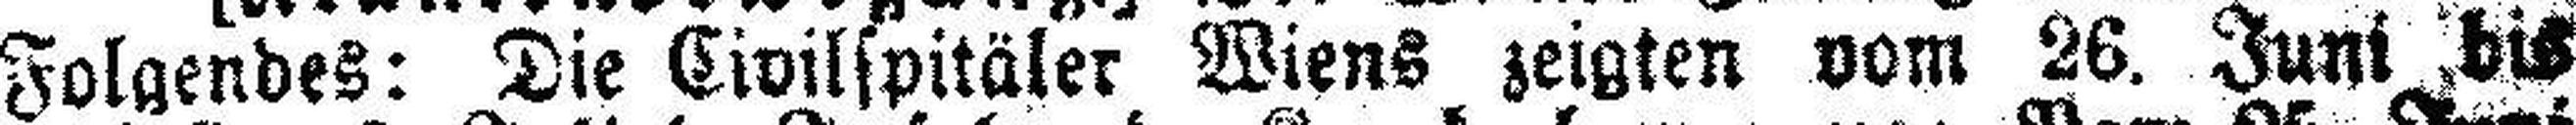
Folgendes: Die Civilspitäler Wiens zeigten vom 26. Juni bis